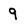
Character: 9